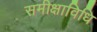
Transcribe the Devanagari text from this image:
समीक्षाविधि